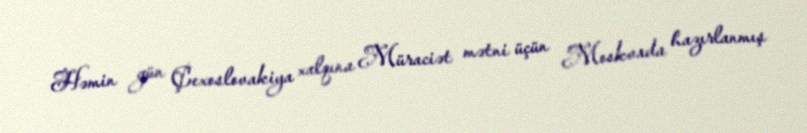
Həmin gün Çexoslovakiya xalqına Müraciət mətni üçün Moskvada hazırlanmış